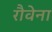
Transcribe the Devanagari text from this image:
रौवेना